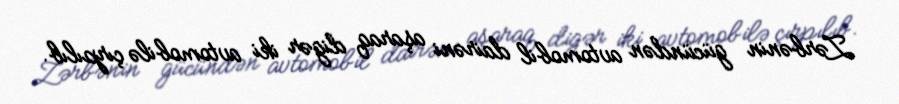
Zərbənin gücündən avtomobil dairəni aşaraq digər iki avtomobilə çırpılıb.